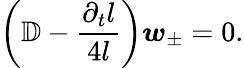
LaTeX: \left(\mathbb{D}-\frac{\partial_{t}l}{4l}\right)\boldsymbol{w}_{\pm}=0.